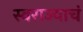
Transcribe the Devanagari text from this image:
स्वराज्याचं